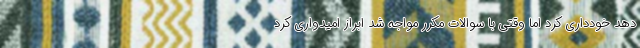
دهد خودداری کرد اما وقتی با سوالات مکرر مواجه شد ابراز امیدواری کرد